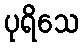
ပုရိသေ